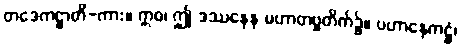
တဒေကဋ္ဌာတိ-ကား။ ဣဓ၊ ဤ ဒဿနေန မဟာတဗ္ဗတိက်၌။ ပဟာနေကဋ္ဌံ၊